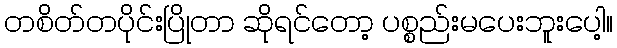
တစိတ်တပိုင်းပြိုတာ ဆိုရင်တော့ ပစ္စည်းမပေးဘူးပေါ့။